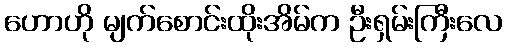
ဟောဟို မျက်စောင်းထိုးအိမ်က ဦးရှမ်းကြီးလေ